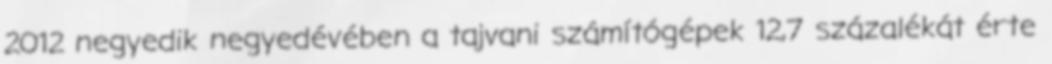
2012 negyedik negyedévében a tajvani számítógépek 12,7 százalékát érte